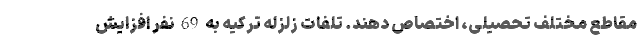
مقاطع مختلف تحصیلی، اختصاص دهند. تلفات زلزله ترکیه به 69 نفر افزایش